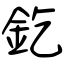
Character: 釳